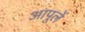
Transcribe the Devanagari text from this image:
आपुलें